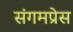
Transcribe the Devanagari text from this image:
संगमप्रेस